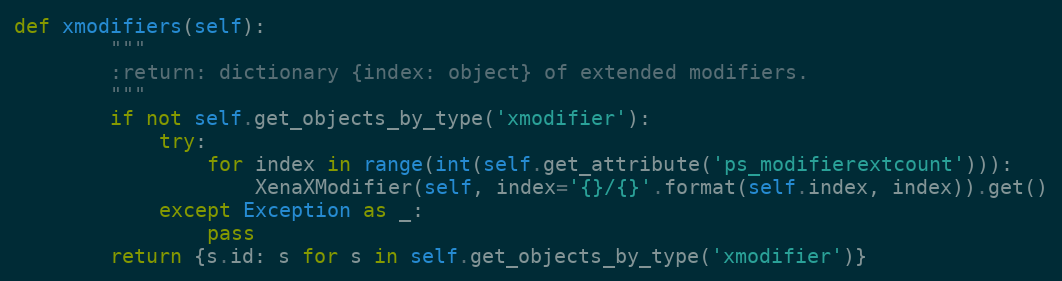
Language: Python
def xmodifiers(self):
        """
        :return: dictionary {index: object} of extended modifiers.
        """
        if not self.get_objects_by_type('xmodifier'):
            try:
                for index in range(int(self.get_attribute('ps_modifierextcount'))):
                    XenaXModifier(self, index='{}/{}'.format(self.index, index)).get()
            except Exception as _:
                pass
        return {s.id: s for s in self.get_objects_by_type('xmodifier')}